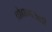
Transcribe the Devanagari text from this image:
प्रोग्रामसाठी